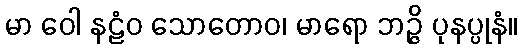
မာ ဝေါ နဠံဝ သောတောဝ၊ မာရော ဘဉ္ဇိ ပုနပ္ပုနံ။